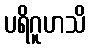
ပရိဂူဟသိ